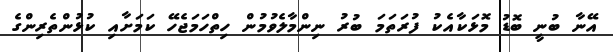
އޭނާ ބުނީ ބޮޑު މޮޅަކާއެކު ފުރަތަމަ ބުރު ނިންމާލެވުމުން ހިތްހަމަޖެހޭ ކަމަށާއި ކުޅުންތެރިންގެ